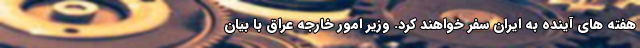
هفته های آینده به ایران سفر خواهند کرد. وزیر امور خارجه عراق با بیان